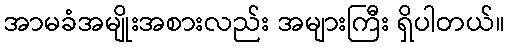
အာမခံအမျိုးအစားလည်း အများကြီး ရှိပါတယ်။